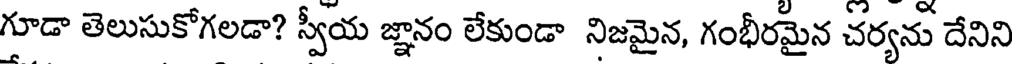
గూడా తెలుసుకోగలడా? స్వీయ జ్ఞానం లేకుండా నిజమైన, గంభీరమైన చర్యను దేనిని